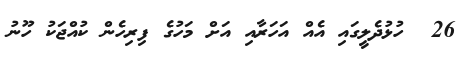
26  ހުޅުދެލީގައި އެއް އަހަރާއި އަށް މަހުގެ ފިރިހެން ކުއްޖަކު ހޫނު